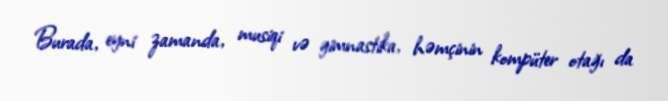
Burada, eyni zamanda, musiqi və gimnastika, həmçinin kompüter otağı da